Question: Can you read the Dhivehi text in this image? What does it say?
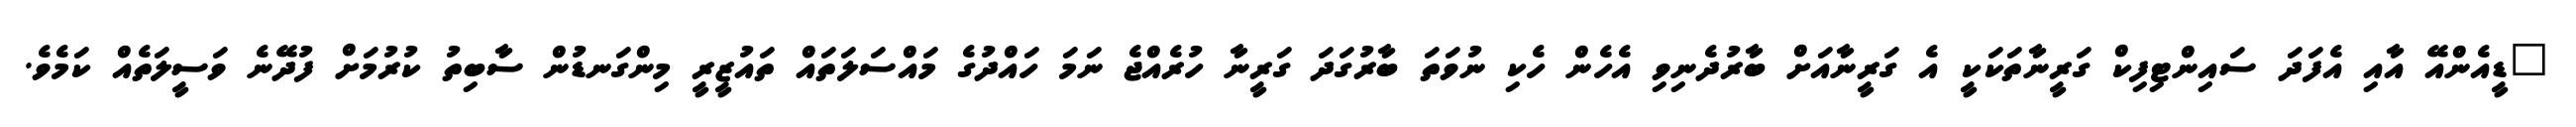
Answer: "ޑީއެންއޭ އާއި އެފަދަ ސައިންޓިފިކް ގަރީނާތަކަކީ އެ ގަރީނާއަށް ބާރުދެނިވި އެހެން ހެކި ނުވަތަ ބާރުގަދަ ގަރީނާ ހުރެއްޖެ ނަމަ ހައްދުގެ މައްސަލަތައް ތައުޒީރީ މިންގަނޑުން ސާބިތު ކުރުމަށް ފުދޭނެ ވަސީލަތެއް ކަމެވެ.